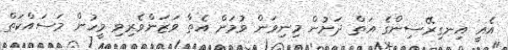
އެއީ އިނގިރޭސިންގެ އަތް ދަށުން މިނިވަން ވުމަށް އެތާ ވަޒަންވެރިވި މީހުން މަސައްކަތް